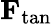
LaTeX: \mathbf{F}_{\mathrm{tan}}